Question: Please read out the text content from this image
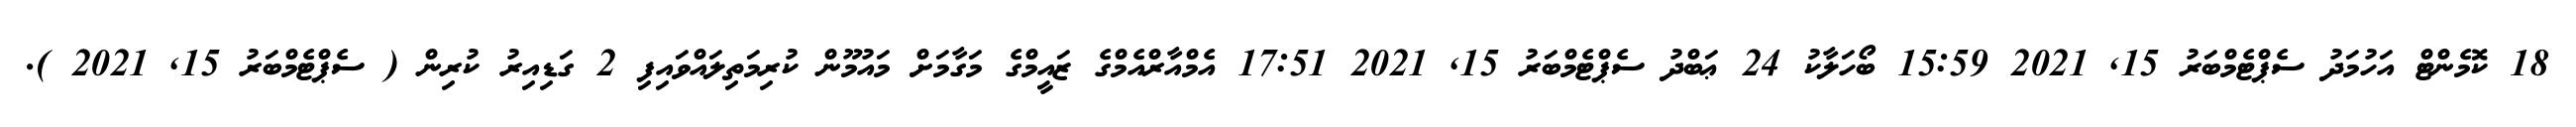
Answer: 18 ކޮމެންޓް އަހުމަދު ސެޕްޓެމްބަރު 15, 2021 15:59 ބޯހަލާކު 24 ޢަބްދު ސެޕްޓެމްބަރު 15, 2021 17:51 އެމްއާރްއެމްގެ ޒައީމްގެ މަގާމަށް މައުމޫން ކުރިމަތިލައްވައިފި 2 ގަޑިއިރު ކުރިން ( ސެޕްޓެމްބަރު 15, 2021 ).